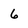
Character: 6